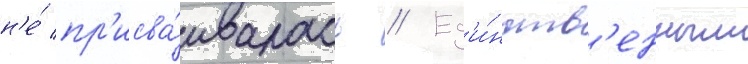
н'е́ пр'исва́ивалась // Ед'и́нств'енным